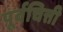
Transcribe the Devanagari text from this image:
पूर्वचित्ती